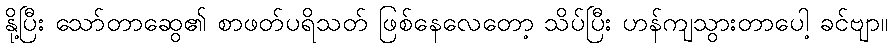
နို့ပြီး သော်တာဆွေ၏ စာဖတ်ပရိသတ် ဖြစ်နေလေတော့ သိပ်ပြီး ဟန်ကျသွားတာပေါ့ ခင်ဗျာ။